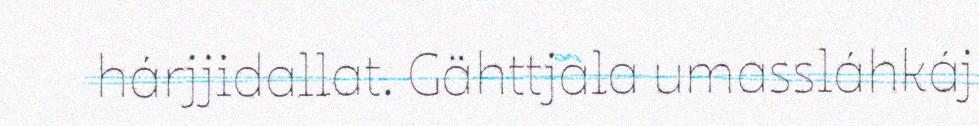
hárjjidallat. Gähttjala umassláhkáj